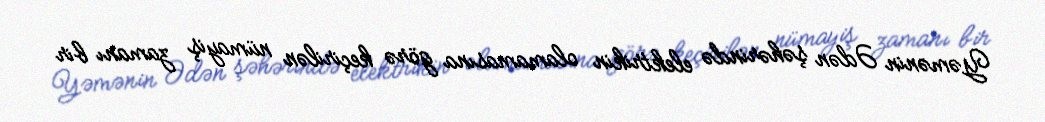
Yəmənin Ədən şəhərində elektrikin olamamasına görə keçirilən nümayiş zamanı bir